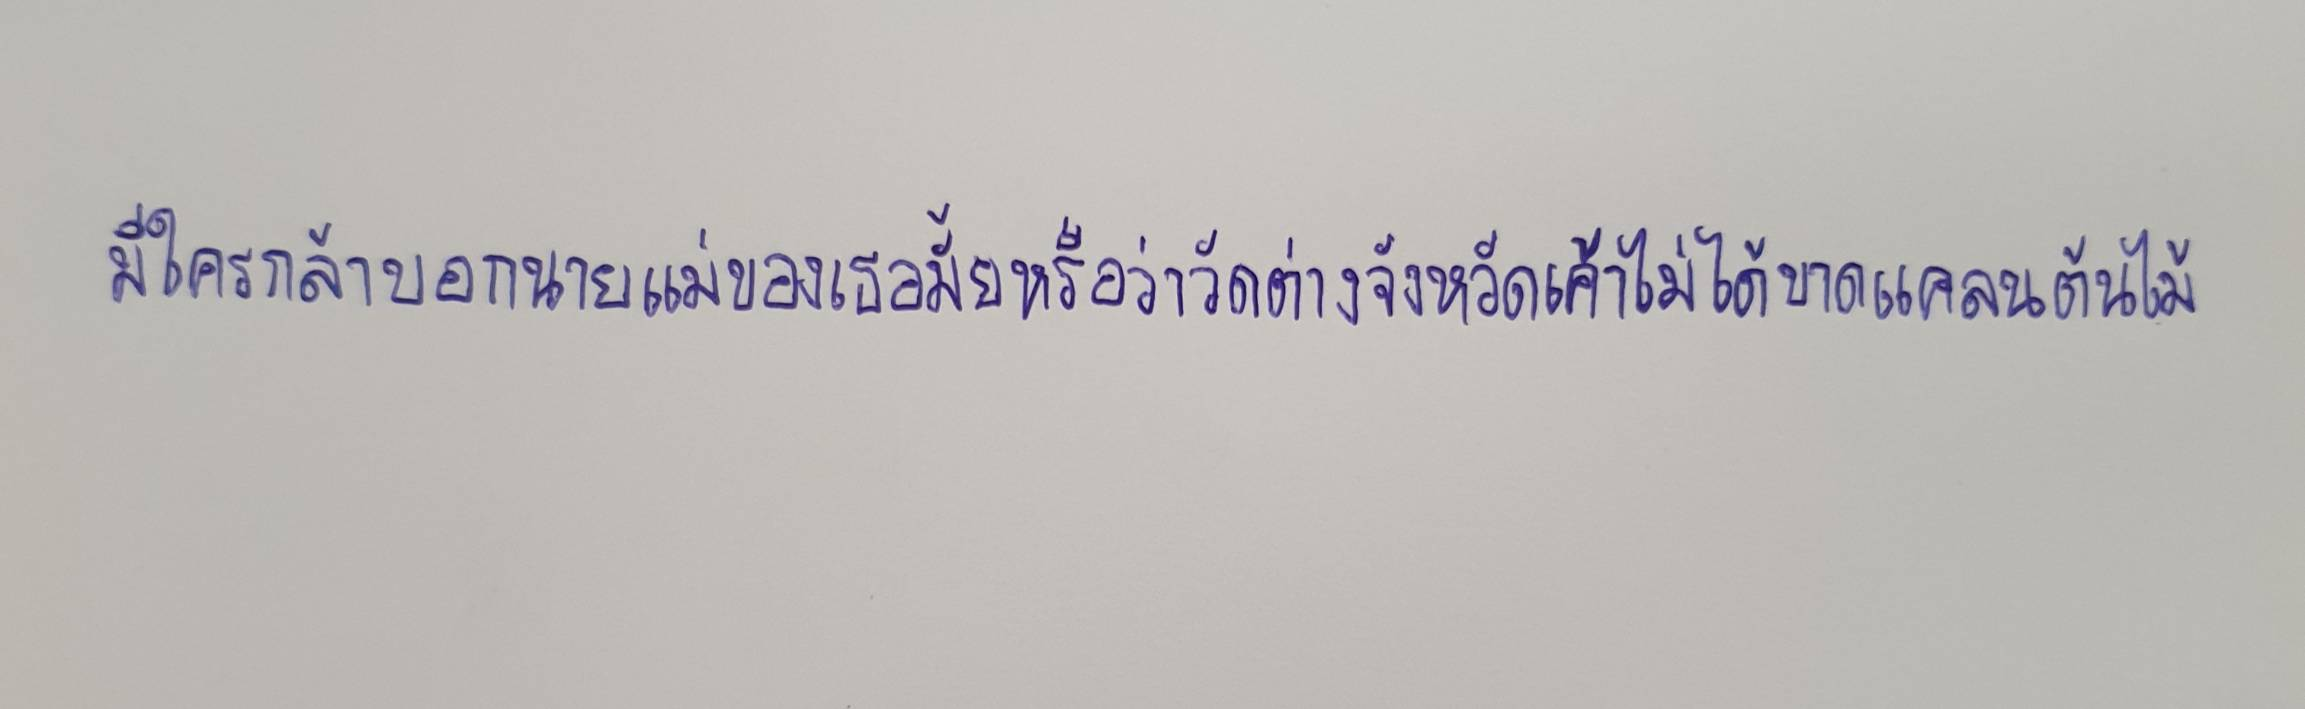
มีใครกล้าบอกนายแม่ของเธอมั้ยหือว่าวัดต่างจังหวัดเค้าไม่ได้ขาดแคลนต้นไม้